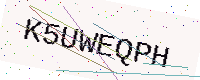
Text: K5UWEQPH